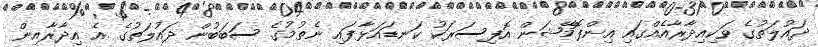
ދައުލަތުގެ ވަކިއިދާރާއެއްގައި އިންފޮމޭޝަން އޮފިސަރަކު ކަނޑައަޅާފައި ނެތުމުގެ ސަބަބުން ދައުލަތުގެ އެ އިދާރާއިން